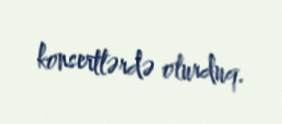
konsertlərdə olurduq.